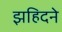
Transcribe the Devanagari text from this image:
झहिदने